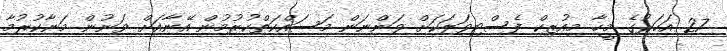
27 އަހަރުގެ މީހާ މިއުޒިކް ފެސްޓިވަލަކަށް ވަންނަން މަސައްކަތްކުރުމުން އޭނާއަށް ވަނުން މަނާކުރުމާ